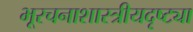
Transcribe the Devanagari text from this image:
भूरचनाशास्त्रीयदृष्ट्या